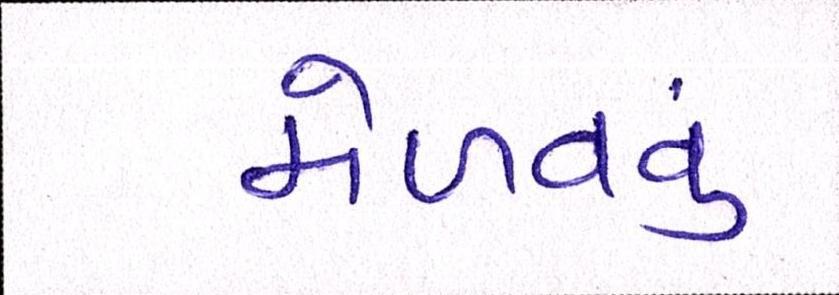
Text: મેળવવું